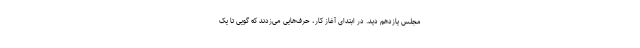
مجلس یازدهم دید. در ابتدای آغاز کار، حرف‌هایی می‌زدند که گویی تا یک